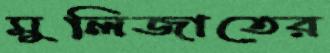
মুলিজাতের